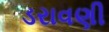
ડરાવણી